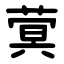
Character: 蓂